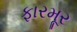
ફારમૂર